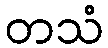
တသံ